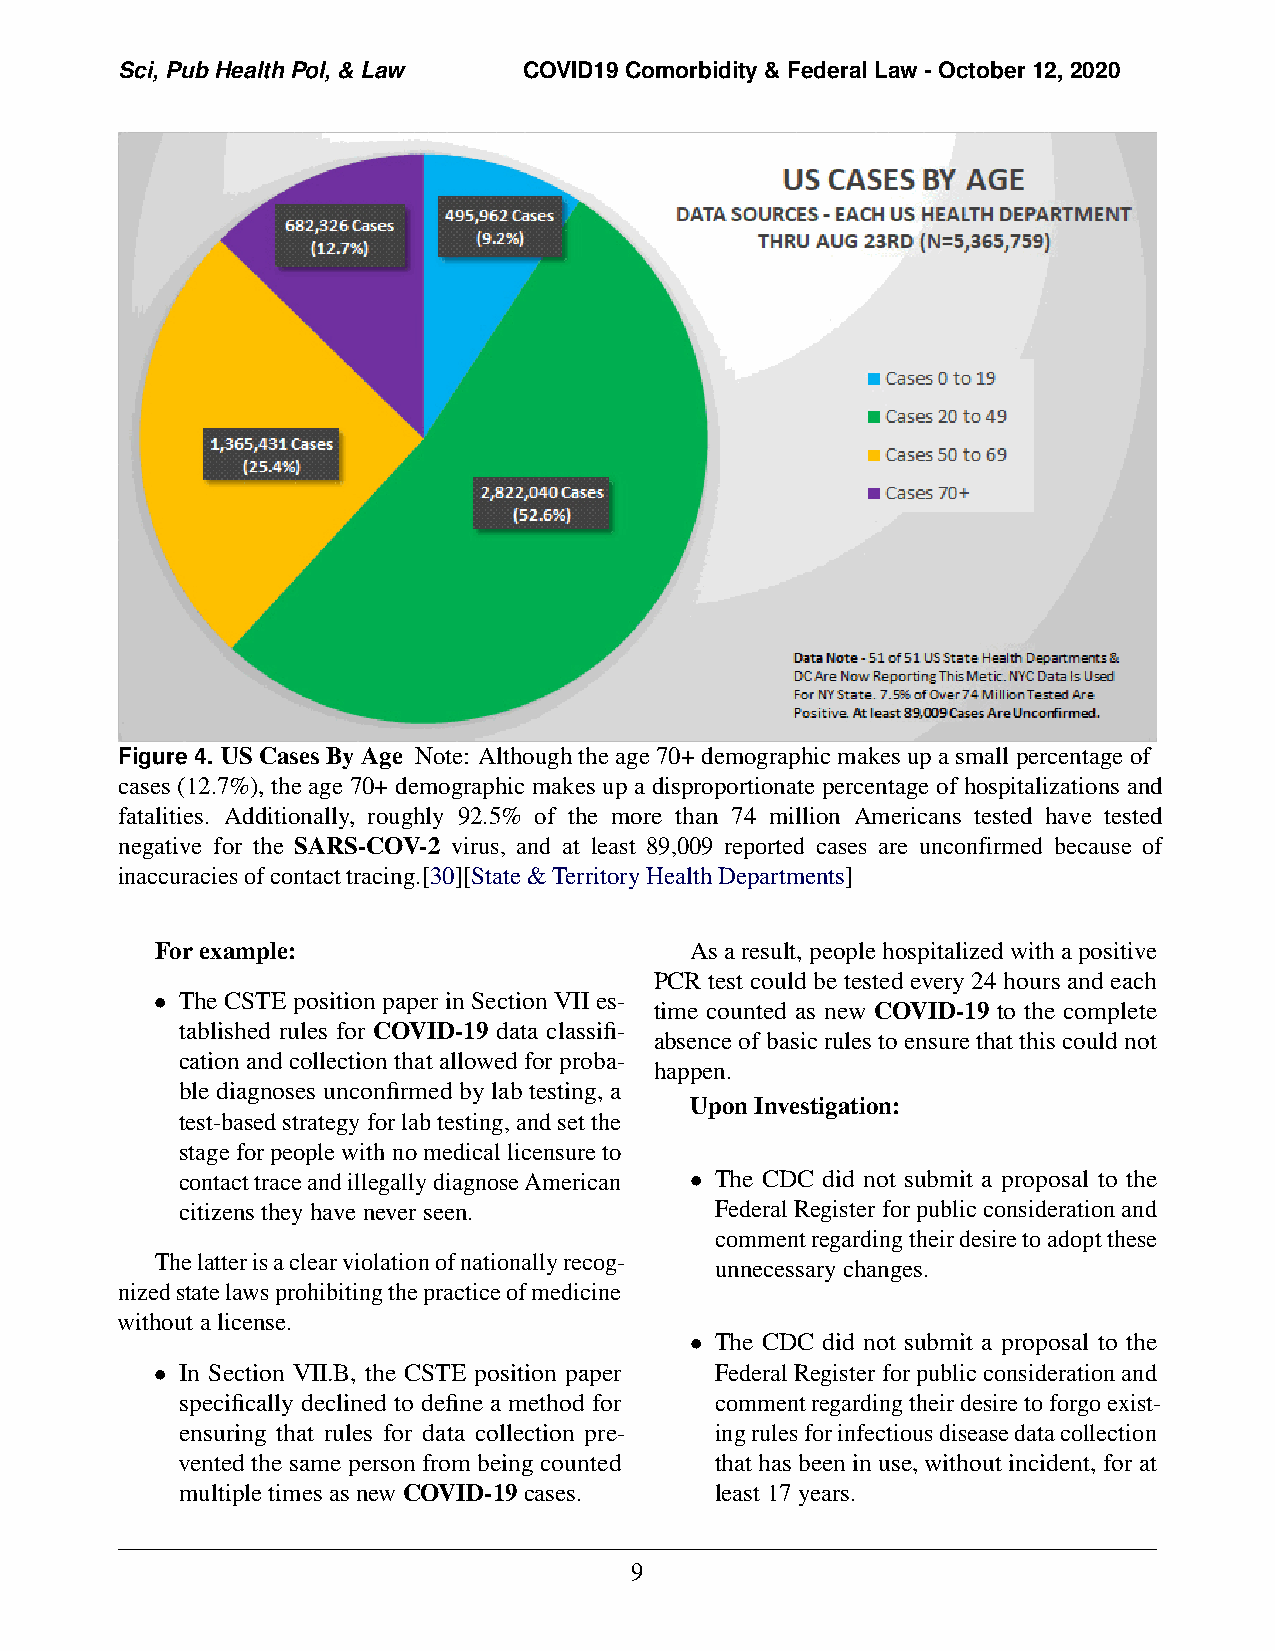
Sci, Pub Health Pol, & Law COVID19 Comorbidity & Federal Law - October 12, 2020
 Figure 4. US Cases By Age Note: Although the age 70+ demographic makes up a small percentage of
 cases (12.7%), the age 70+ demographic makes up a disproportionate percentage of hospitalizations and
 fatalities. Additionally, roughly 92.5% of the more than 74 million Americans tested have tested
 negative for the SARS-COV-2 virus, and at least 89,009 reported cases are unconfirmed because of
 inaccuracies of contact tracing.[30][State & Territory Health Departments]
 Forexample:                         Asa result,people hospitalizedwitha positive
 PCR test could be tested every 24 hours and each
 • The CSTE position paper in Section VII es-
 time counted as new COVID-19 to the complete
 tablished rules for COVID-19 data classifi-
 absenceofbasicrulestoensurethatthiscouldnot
 cationandcollectionthatallowedforproba-
 happen.
 ble diagnoses unconfirmed by lab testing, a
 UponInvestigation:
 test-basedstrategyforlabtesting,andsetthe
 stageforpeoplewithnomedicallicensureto
 contacttraceandillegallydiagnoseAmerican • The CDC did not submit a proposal to the
 citizenstheyhaveneverseen.         Federal Register for public consideration and
 commentregardingtheirdesiretoadoptthese
 Thelatterisaclearviolationofnationallyrecog-
 unnecessarychanges.
 nizedstatelawsprohibitingthepracticeofmedicine
 withoutalicense.
 • The CDC did not submit a proposal to the
 • In Section VII.B, the CSTE position paper Federal Register for public consideration and
 specifically declined to define a method for commentregardingtheirdesiretoforgoexist-
 ensuring that rules for data collection pre- ingrulesforinfectiousdiseasedatacollection
 vented the same person from being counted thathasbeeninuse,withoutincident,forat
 multipletimesasnewCOVID-19cases.   least17years.
 9